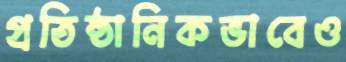
প্রতিষ্ঠানিকভাবেও